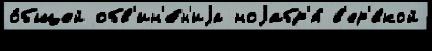
о́бщей обв'ин'е́н'иjа ноjабр'я́ в'ер'́вкой